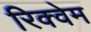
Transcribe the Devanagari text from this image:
रिक्वेम